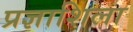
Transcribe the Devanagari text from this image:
प्रज्ञाशिला